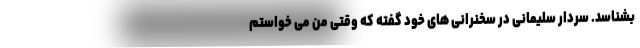
بشناسد. سردار سلیمانی در سخنرانی های خود گفته که وقتی من می خواستم